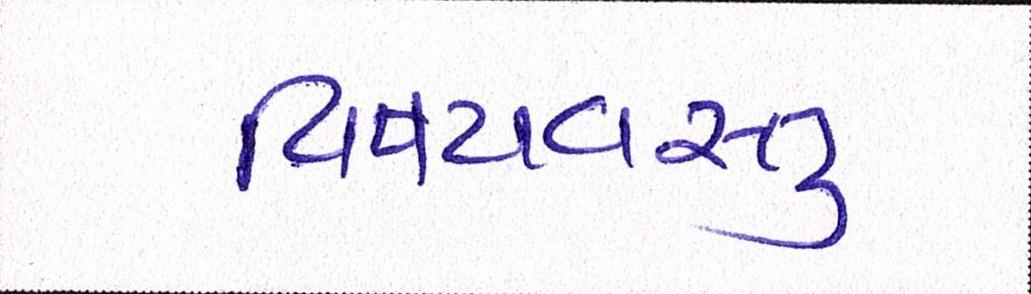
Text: વિષયવસ્તુ